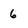
Character: 6